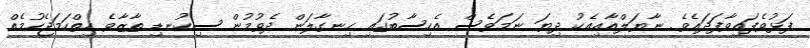
ފަޅުވެފައިވާފަދައެވެ. ނާޔަލްއާއިއެކު ދިޔަ ނަމަވެސް އެހިސާބުގައި ހިނގާލަން ދެވުމުން ސިކުނޑި ތާޒާވެ ހިތްހަމަޖެހުމެއް